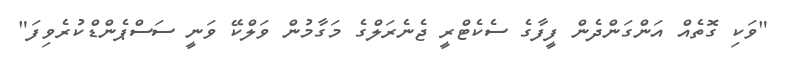
"ވަކި ގޮތެއް އަންގަންދެން ފީފާގެ ސެކެޓްރީ ޖެނެރަލްގެ މަގާމުން ވަލްކޭ ވަނީ ސަސްޕެންޑްކުރެވިފަ"